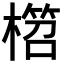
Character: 𣙭